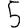
Digit: 5